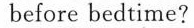
before bedtime?